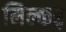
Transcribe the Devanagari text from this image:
मिल्कर्